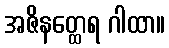
အဇိနတ္ထေရ ဂါထာ။